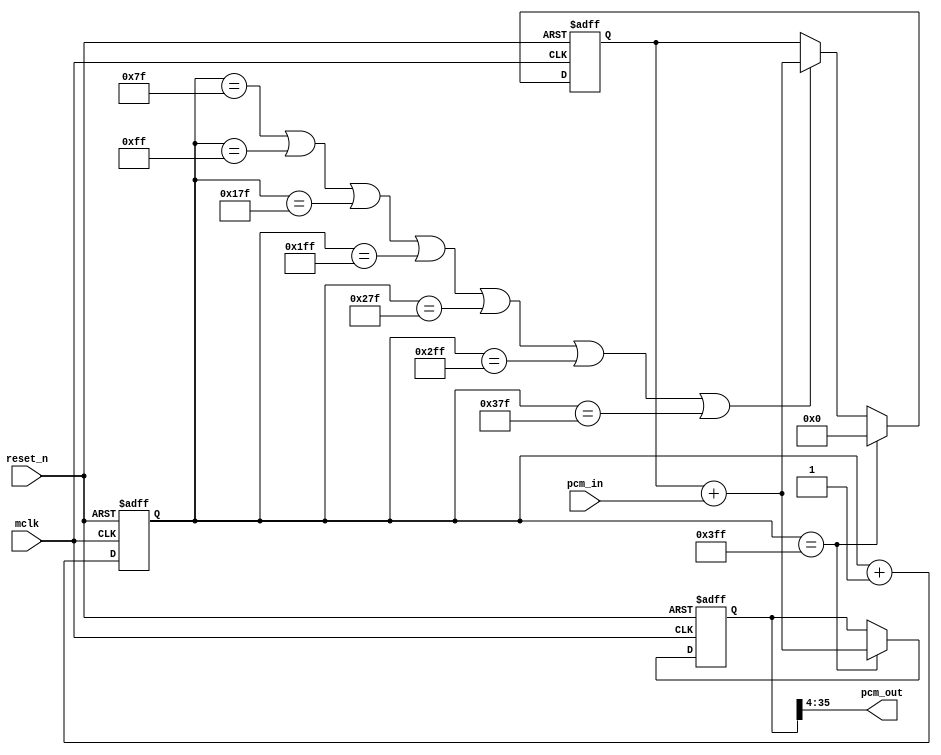
`timescale 1ps/1ps
module cic(
       	input mclk,//45.1584MHZ
	input reset_n,
	input signed[31:0] pcm_in,//352.8khz 
	output signed[31:0] pcm_out //44.1khz
	   );
	   
localparam LAST_CYCLE = 128;
parameter ILEN = 9;
wire [3:0]XHDATA;
assign XHDATA = 2**(ILEN-6);
reg [ILEN:0]i;
reg signed [35:0] temp_pcm;
reg signed [35:0] dout_pcm;
assign pcm_out = dout_pcm[35:4];
always @(posedge mclk or negedge reset_n) begin
  if(reset_n == 1'b0) begin
    i <= 0;
	temp_pcm<=0;
	dout_pcm<=0;
  end
  else begin
    i<= i+1;
	if(i == (LAST_CYCLE-1) || i == (LAST_CYCLE*2-1) ||i == (LAST_CYCLE*3-1) || i == (LAST_CYCLE*4-1) || i == (LAST_CYCLE*5-1)||i == (LAST_CYCLE*6-1) ||i == (LAST_CYCLE*7-1)  ) temp_pcm <= temp_pcm + pcm_in;
	if(i == (LAST_CYCLE*XHDATA-1)) begin 
	  dout_pcm<= temp_pcm + pcm_in;
	  temp_pcm<=0;
	end
  end 
end
endmodule